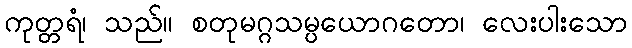
ကုတ္တရံ၊ သည်။ စတုမဂ္ဂသမ္ပယောဂတော၊ လေးပါးသော